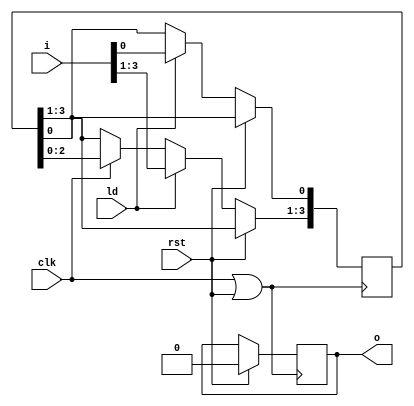
`timescale 1ns/1ps
module piso (o, clk, rst, ld, i);
	input clk, rst, ld;
	input [3:0] i;
	output reg o;
	reg [3:0] a;
	
	always@(posedge clk | rst)
	begin
		if (rst)
			o<=0;
		else if (ld)
			a[3:0]<=i[3:0];
		else if (clk)
			a[3:1]<=a[2:0];
	end
	always #1 o<=a[3];
endmodule